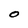
Character: 0